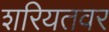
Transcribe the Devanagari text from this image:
शरियतवर